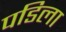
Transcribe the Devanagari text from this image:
पडिला